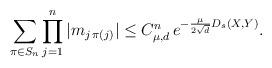
LaTeX: \begin{align*}\sum_{\pi \in S_n} \prod_{j=1}^n |m_{j\, \pi(j)}| \leq C_{\mu,d}^n\, e^{-\frac{\mu}{2\sqrt{d}} D_s(X,Y)}.\end{align*}